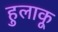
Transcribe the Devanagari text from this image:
हुलाकू